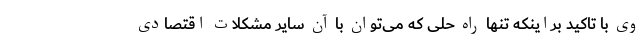
وی با تاکید براینکه تنها راه حلی که می‌توان با آن سایر مشکلات اقتصادی